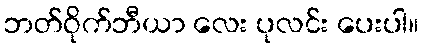
ဘတ်ဝိုက်ဘီယာ လေး ပုလင်း ပေးပါ။